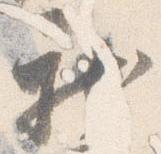
新